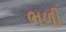
ભળી